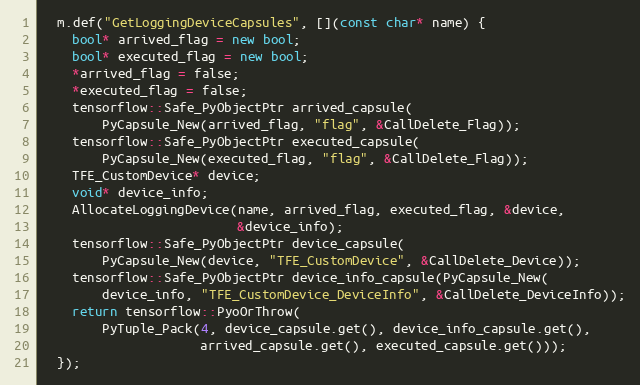
Language: C++
  m.def("GetLoggingDeviceCapsules", [](const char* name) {
    bool* arrived_flag = new bool;
    bool* executed_flag = new bool;
    *arrived_flag = false;
    *executed_flag = false;
    tensorflow::Safe_PyObjectPtr arrived_capsule(
        PyCapsule_New(arrived_flag, "flag", &CallDelete_Flag));
    tensorflow::Safe_PyObjectPtr executed_capsule(
        PyCapsule_New(executed_flag, "flag", &CallDelete_Flag));
    TFE_CustomDevice* device;
    void* device_info;
    AllocateLoggingDevice(name, arrived_flag, executed_flag, &device,
                          &device_info);
    tensorflow::Safe_PyObjectPtr device_capsule(
        PyCapsule_New(device, "TFE_CustomDevice", &CallDelete_Device));
    tensorflow::Safe_PyObjectPtr device_info_capsule(PyCapsule_New(
        device_info, "TFE_CustomDevice_DeviceInfo", &CallDelete_DeviceInfo));
    return tensorflow::PyoOrThrow(
        PyTuple_Pack(4, device_capsule.get(), device_info_capsule.get(),
                     arrived_capsule.get(), executed_capsule.get()));
  });